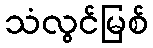
သံလွင်မြစ်